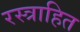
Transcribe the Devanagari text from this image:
रस्त्राहित